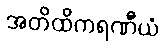
အတိထိကရဏီယံ